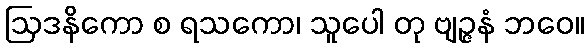
ဩဒနိကော စ ရသကော၊ သူပေါ တု ဗျဉ္ဇနံ ဘဝေ။